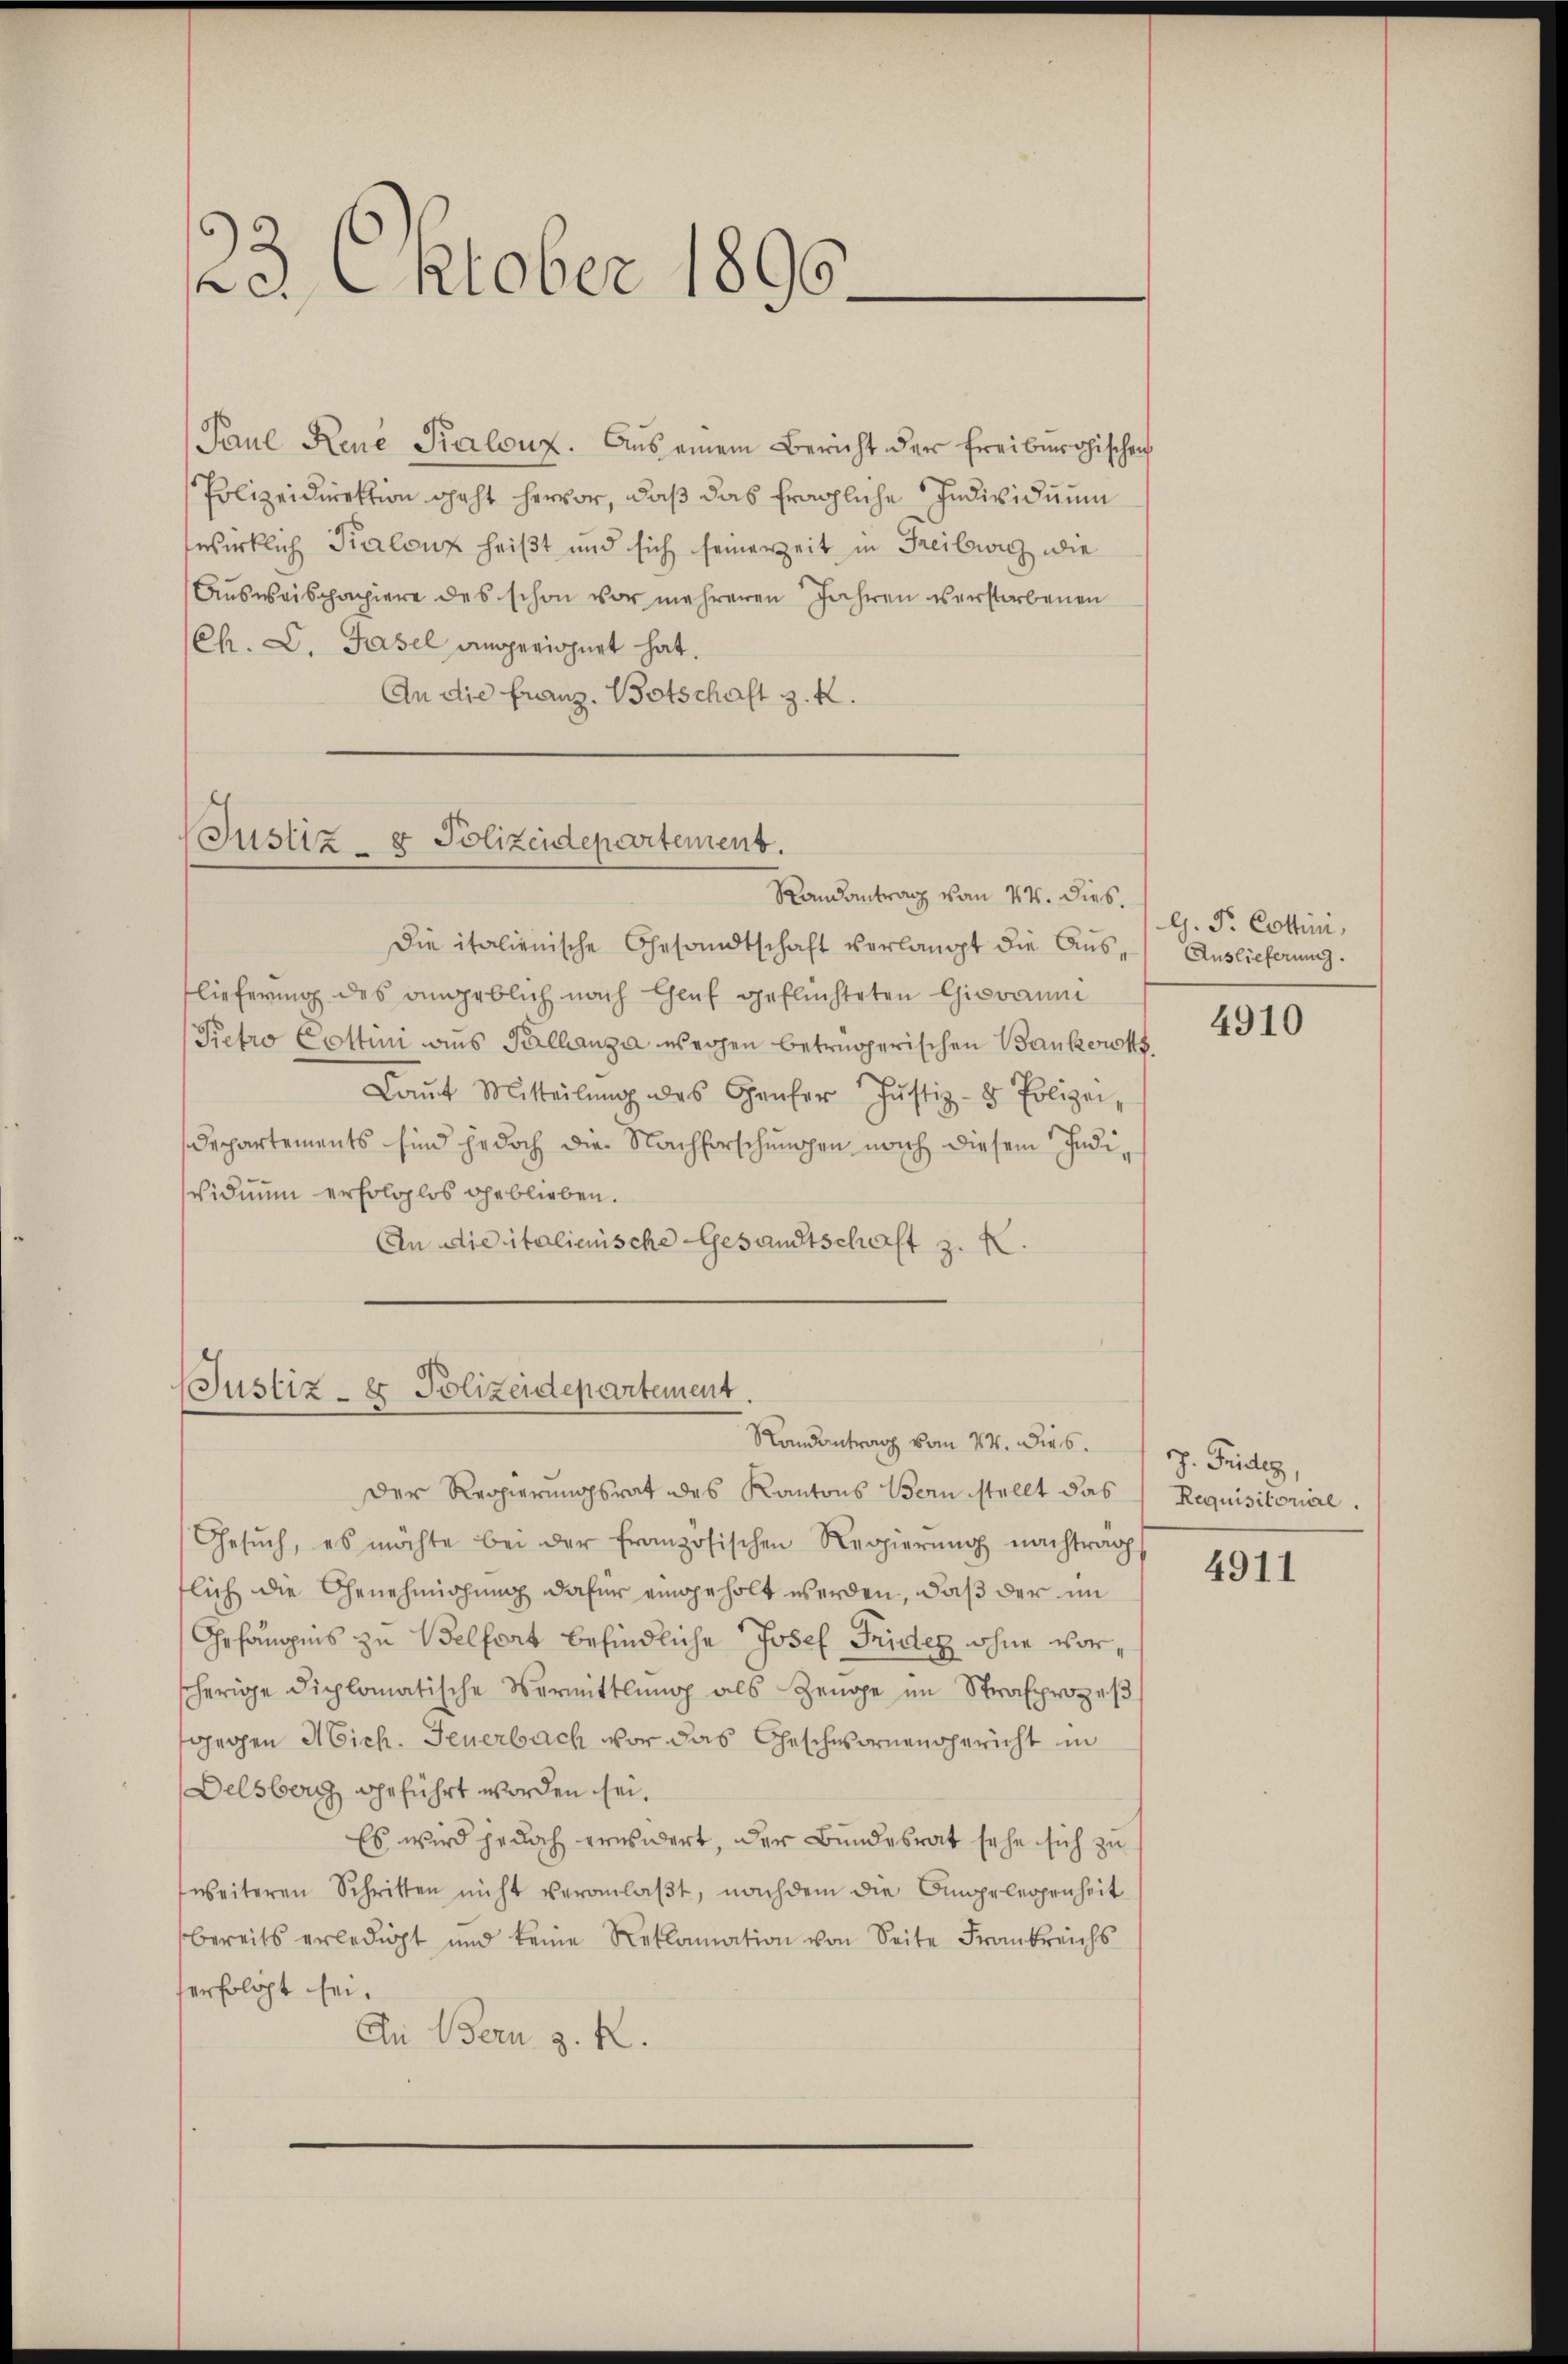
23. Oktober 1890.

Paul Reue Kalonz. Aus einem Bericht der Freiburgischen
Polizeidirektion geht hervor, daß das fragliche Individuum
wirklich Kalenz heißt und sich seinerzeit in Freilich die
Ausweispapiere des schon vor mehreren Jahren verstorbenen
Ch. D. Hasel angerichnet hat.
An die Franz. Botschaft z. K.

(Justiz- & Polizeidepartement.
Randantrag vom 24. dies

(Justiz- & Polizeidepartement
Randantrag vom 14. dies

die italienische Gesandtschaft verlangt die Auslieferung des angeblich nach Gluf geflüchteten Giovaum
Petro Cottini aus Tallanza wegen betrügerischen Bankerotts
Laŭt Mitteilŭng des Grŭfer Justiz- & Polizei,
Departements sind jedoch die Nachforschungen nach diesem Individuum erfolglos geblieben.
An die italienische Gesandtschaft z. K.

Der Regierungsrat des Kantons Bern stellt das Requisitoriere.
Gesŭch, es möchte bei der französischen Regierŭng nachträg
flich die Genehmigung dafür eingeholt werden, daß der im
Gefängnis zu Belfort befindliche Josef Frider ohne vorscherige diplomatische Vermittlung als Zeuge im Strafprozeβ
tgegen Mich. Feuerbach vor das Geschwornengericht in
Delsberg geführt worden sei.
Es wird jedoch erwindert, der Bundesrat sehe sich zu
weiteren Schritten nicht veranlaβt, nachdem die Angelegenheit
bereits erledigt und keine Reklamation von Seite Frankreichs
serfolgt sei.
An Bern z. R.

G. P. Cottini,
Auslieferung.

4910

J. Triden,

4911